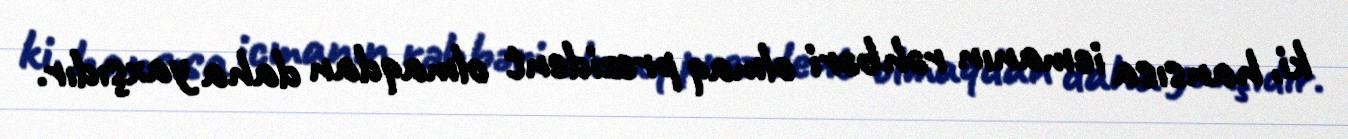
ki, hansısa icmanın rəhbəri olmaq prezident olmaqdan daha yaxşıdır.